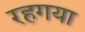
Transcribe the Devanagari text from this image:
रहगया